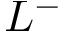
L ^ { - }